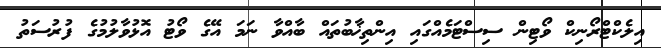
އިލެކްޓްރޯނިކް ވޯޓިން ސިސްޓަމެއްގައި އިންތިޚާބުތައް ބާއްވާ ނަމަ އޭގެ ވޯޓު އޮޅުވާލުމުގެ ފުރުސަތު